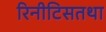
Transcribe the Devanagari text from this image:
रिनीटिसतथा